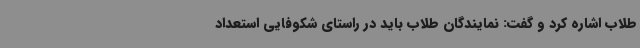
طلاب اشاره کرد و گفت: نمایندگان طلاب باید در راستای شکوفایی استعداد